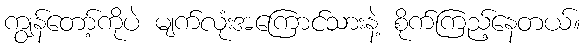
ကျွန်တော့်ကိုပဲ မျက်လုံးအကြောင်သားနဲ့ စိုက်ကြည့်နေတယ်။